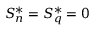
S _ { n } ^ { * } = S _ { q } ^ { * } = 0